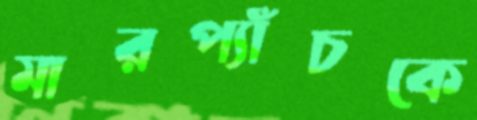
মারপ্যাঁচকে